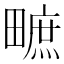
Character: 𤳌